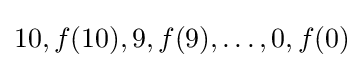
10,f(10),9,f(9),\ldots ,0,f(0)